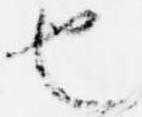
也